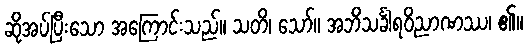
ဆိုအပ်ပြီးသော အကြောင်းသည်။ သတိ၊ သော်။ အဘိသင်္ခါရဝိညာဏဿ၊ ၏။